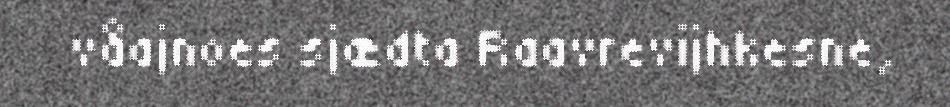
våajnoes sjædta Raavrevijhkesne,